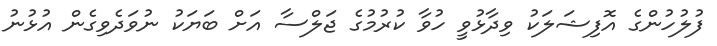
ފުލުހުންގެ އޮފިޝަލަކު ވިދާޅުވީ ހުވާ ކުރުމުގެ ޖަލްސާ އަށް ބަޔަކު ނުވަދެވިގެން އުޅުނު